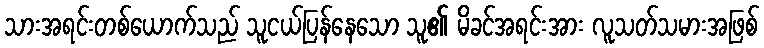
သားအရင်းတစ်ယောက်သည် သူငယ်ပြန်နေသော သူ၏ မိခင်အရင်းအား လူသတ်သမားအဖြစ်